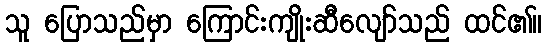
သူ ပြောသည်မှာ ကြောင်းကျိုးဆီလျော်သည် ထင်၏။